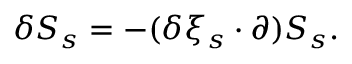
\delta S _ { s } = - ( \delta \xi _ { s } \cdot \partial ) S _ { s } .